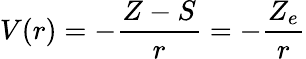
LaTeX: V(r)=-{\frac{Z-S}{r}}=-{\frac{Z_{e}}{r}}